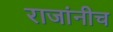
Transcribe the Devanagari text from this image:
राजांनीच